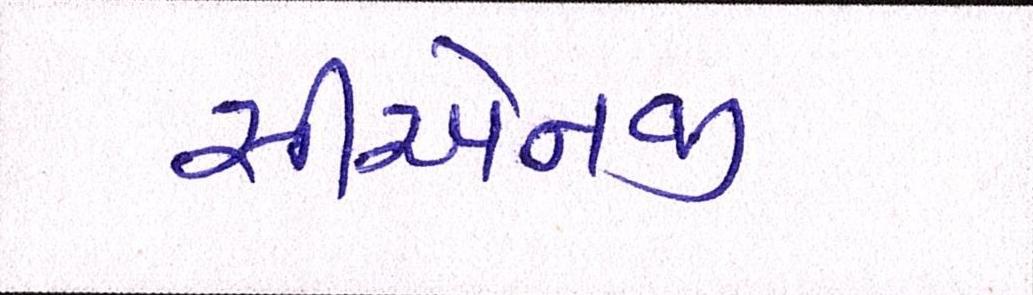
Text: સીએનજી